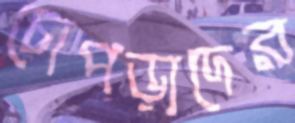
চোপড়াদের